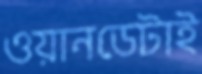
ওয়ানডেটাই